Insane asylums in Bengal annual reports 1867-1875 - 1867-1875
Year: 1867
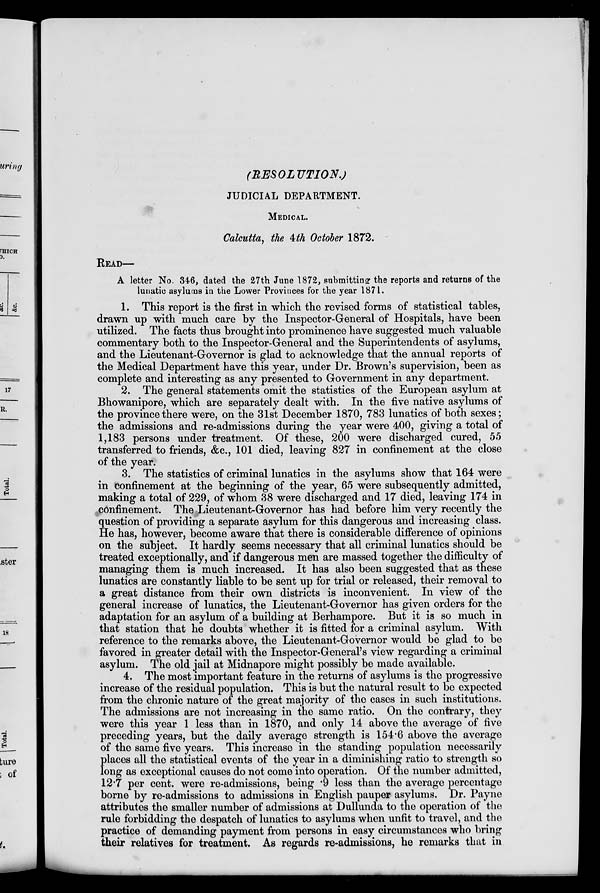
(RESOLUTION.)
JUDICIAL DEPARTMENT.
MEDICAL.
Calcutta, the 4th October 1872.
READ—
A letter No. 346, dated the 27th June 1872, submitting the reports and returns of the
lunatic asylums in the Lower Provinces for the year 1871.
1. This report is the first in which the revised forms of statistical tables,
drawn up with much care by the Inspector-General of Hospitals, have been
utilized. The facts thus brought into prominence have suggested much valuable
commentary both to the Inspector-General and the Superintendents of asylums,
and the Lieutenant-Governor is glad to acknowledge that the annual reports of
the Medical Department have this year, under Dr. Brown's supervision, been as
complete and interesting as any presented to Government in any department.
2. The general statements omit the statistics of the European asylum at
Bhowanipore, which are separately dealt with. In the five native asylums of
the province there were, on the 31st December 1870, 783 lunatics of both sexes;
the admissions and re-admissions during the year were 400, giving a total of
1,183 persons under treatment. Of these, 200 were discharged cured, 55
transferred to friends, &c., 101 died, leaving 827 in confinement at the close
of the year.
3. The statistics of criminal lunatics in the asylums show that 164 were
in confinement at the beginning of the year, 65 were subsequently admitted,
making a total of 229, of whom 38 were discharged and 17 died, leaving 174 in
confinement. The Lieutenant-Governor has had before him very recently the
question of providing a separate asylum for this dangerous and increasing class.
He has, however, become aware that there is considerable difference of opinions
on the subject. It hardly seems necessary that all criminal lunatics should be
treated exceptionally, and if dangerous men are massed together the difficulty of
managing them is much increased. It has also been suggested that as these
lunatics are constantly liable to be sent up for trial or released, their removal to
a great distance from their own districts is inconvenient. In view of the
general increase of lunatics, the Lieutenant-Governor has given orders for the
adaptation for an asylum of a building at Berhampore. But it is so much in
that station that he doubts whether it is fitted for a criminal asylum. With
reference to the remarks above, the Lieutenant-Governor would be glad to be
favored in greater detail with the Inspector-General's view regarding a criminal
asylum. The old jail at Midnapore might possibly be made available.
4. The most important feature in the returns of asylums is the progressive
increase of the residual population. This is but the natural result to be expected
from the chronic nature of the great majority of the cases in such institutions.
The admissions are not increasing in the same ratio. On the contrary, they
were this year 1 less than in 1870, and only 14 above the average of five
preceding years, but the daily average strength is 154.6 above the average
of the same five years. This increase in the standing population necessarily
places all the statistical events of the year in a diminishing ratio to strength so
long as exceptional causes do not come into operation. Of the number admitted,
12.7 per cent. were re-admissions, being .9 less than the average percentage
borne by re-admissions to admissions in English pauper asylums. Dr. Payne
attributes the smaller number of admissions at Dullunda to the operation of the
rule forbidding the despatch of lunatics to asylums when unfit to travel, and the
practice of demanding payment from persons in easy circumstances who bring
their relatives for treatment. As regards re-admissions, he remarks that in